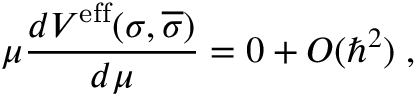
\mu \frac { d V ^ { \mathrm { e f f } } ( \sigma , \overline { { { \sigma } } } ) } { d \mu } = 0 + O ( \hbar ^ { 2 } ) \; ,